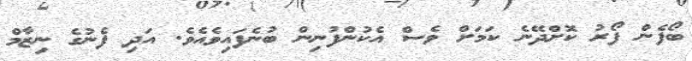
ބޯފެން ފޯރު ކޮށްދޭނެ ކަމަށް ވެސް އެކުންފުނިން ބުނެފައިވެއެވެ. އަދި ފެނުގެ ނިޒާމް